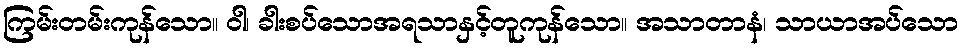
ကြမ်းတမ်းကုန်သော။ ဝါ၊ ခါးစပ်သောအရသာနှင့်တူကုန်သော။ အသာတာနံ၊ သာယာအပ်သော